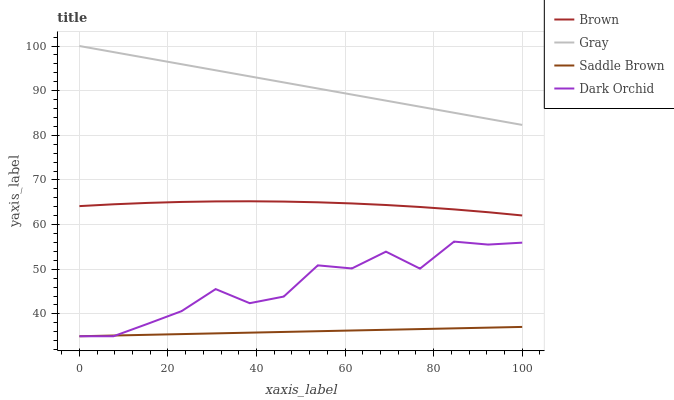
| xaxis_label | Brown | Gray | Saddle Brown | Dark Orchid |
 | --- | --- | --- | --- | --- |
 | 0 | 64.1 | 100 | 35 | 35 |
 | 7.69 | 64.6 | 98.6 | 35.2 | 35 |
 | 15.4 | 64.9 | 97.3 | 35.3 | 37.8 |
 | 23.1 | 65.1 | 95.9 | 35.5 | 40.6 |
 | 30.8 | 65.2 | 94.6 | 35.6 | 45.6 |
 | 38.5 | 65.2 | 93.2 | 35.8 | 42.4 |
 | 46.2 | 65.2 | 91.8 | 36 | 43.9 |
 | 53.8 | 65 | 90.5 | 36.1 | 50.9 |
 | 61.5 | 64.7 | 89.1 | 36.3 | 50.2 |
 | 69.2 | 64.4 | 87.8 | 36.4 | 53.9 |
 | 76.9 | 64 | 86.4 | 36.6 | 50.1 |
 | 84.6 | 63.4 | 85 | 36.8 | 56.2 |
 | 92.3 | 62.8 | 83.7 | 36.9 | 55.5 |
 | 100 | 62.1 | 82.3 | 37.1 | 56 |